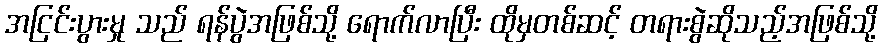
အငြင်းပွားမှု သည် ရန်ပွဲအဖြစ်သို့ ရောက်လာပြီး ထိုမှတစ်ဆင့် တရားစွဲဆိုသည့်အဖြစ်သို့